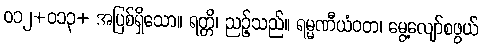
ဝ၁၂+ဝ၁၃+ အပြစ်ရှိသော။ ရတ္တိ၊ ညဉ့်သည်။ ရမ္မဏီယံဝတ၊ မွေ့လျော်စဖွယ်